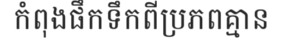
កំពុងផឹកទឹកពីប្រភពគ្មាន